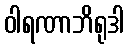
ဝါရဏာဘိရုဒါ